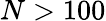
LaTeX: N>100